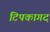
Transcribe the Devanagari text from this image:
टिपकागद